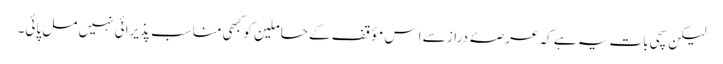
لیکن سچی بات یہ ہے کہ عرصۂ دراز سے اِس مؤقف کے حاملین کو کبھی مناسب پذیرائی نہیں مل پائی۔